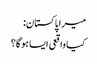
میرا پاکستان:
کیا واقعی ایسا ہوگا؟